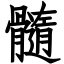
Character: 髓